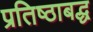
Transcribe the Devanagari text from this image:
प्रतिष्ठाबद्ध